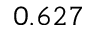
0 . 6 2 7